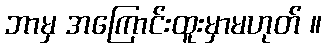
ဘာမှ အကြောင်းထူးမှာမဟုတ် ။